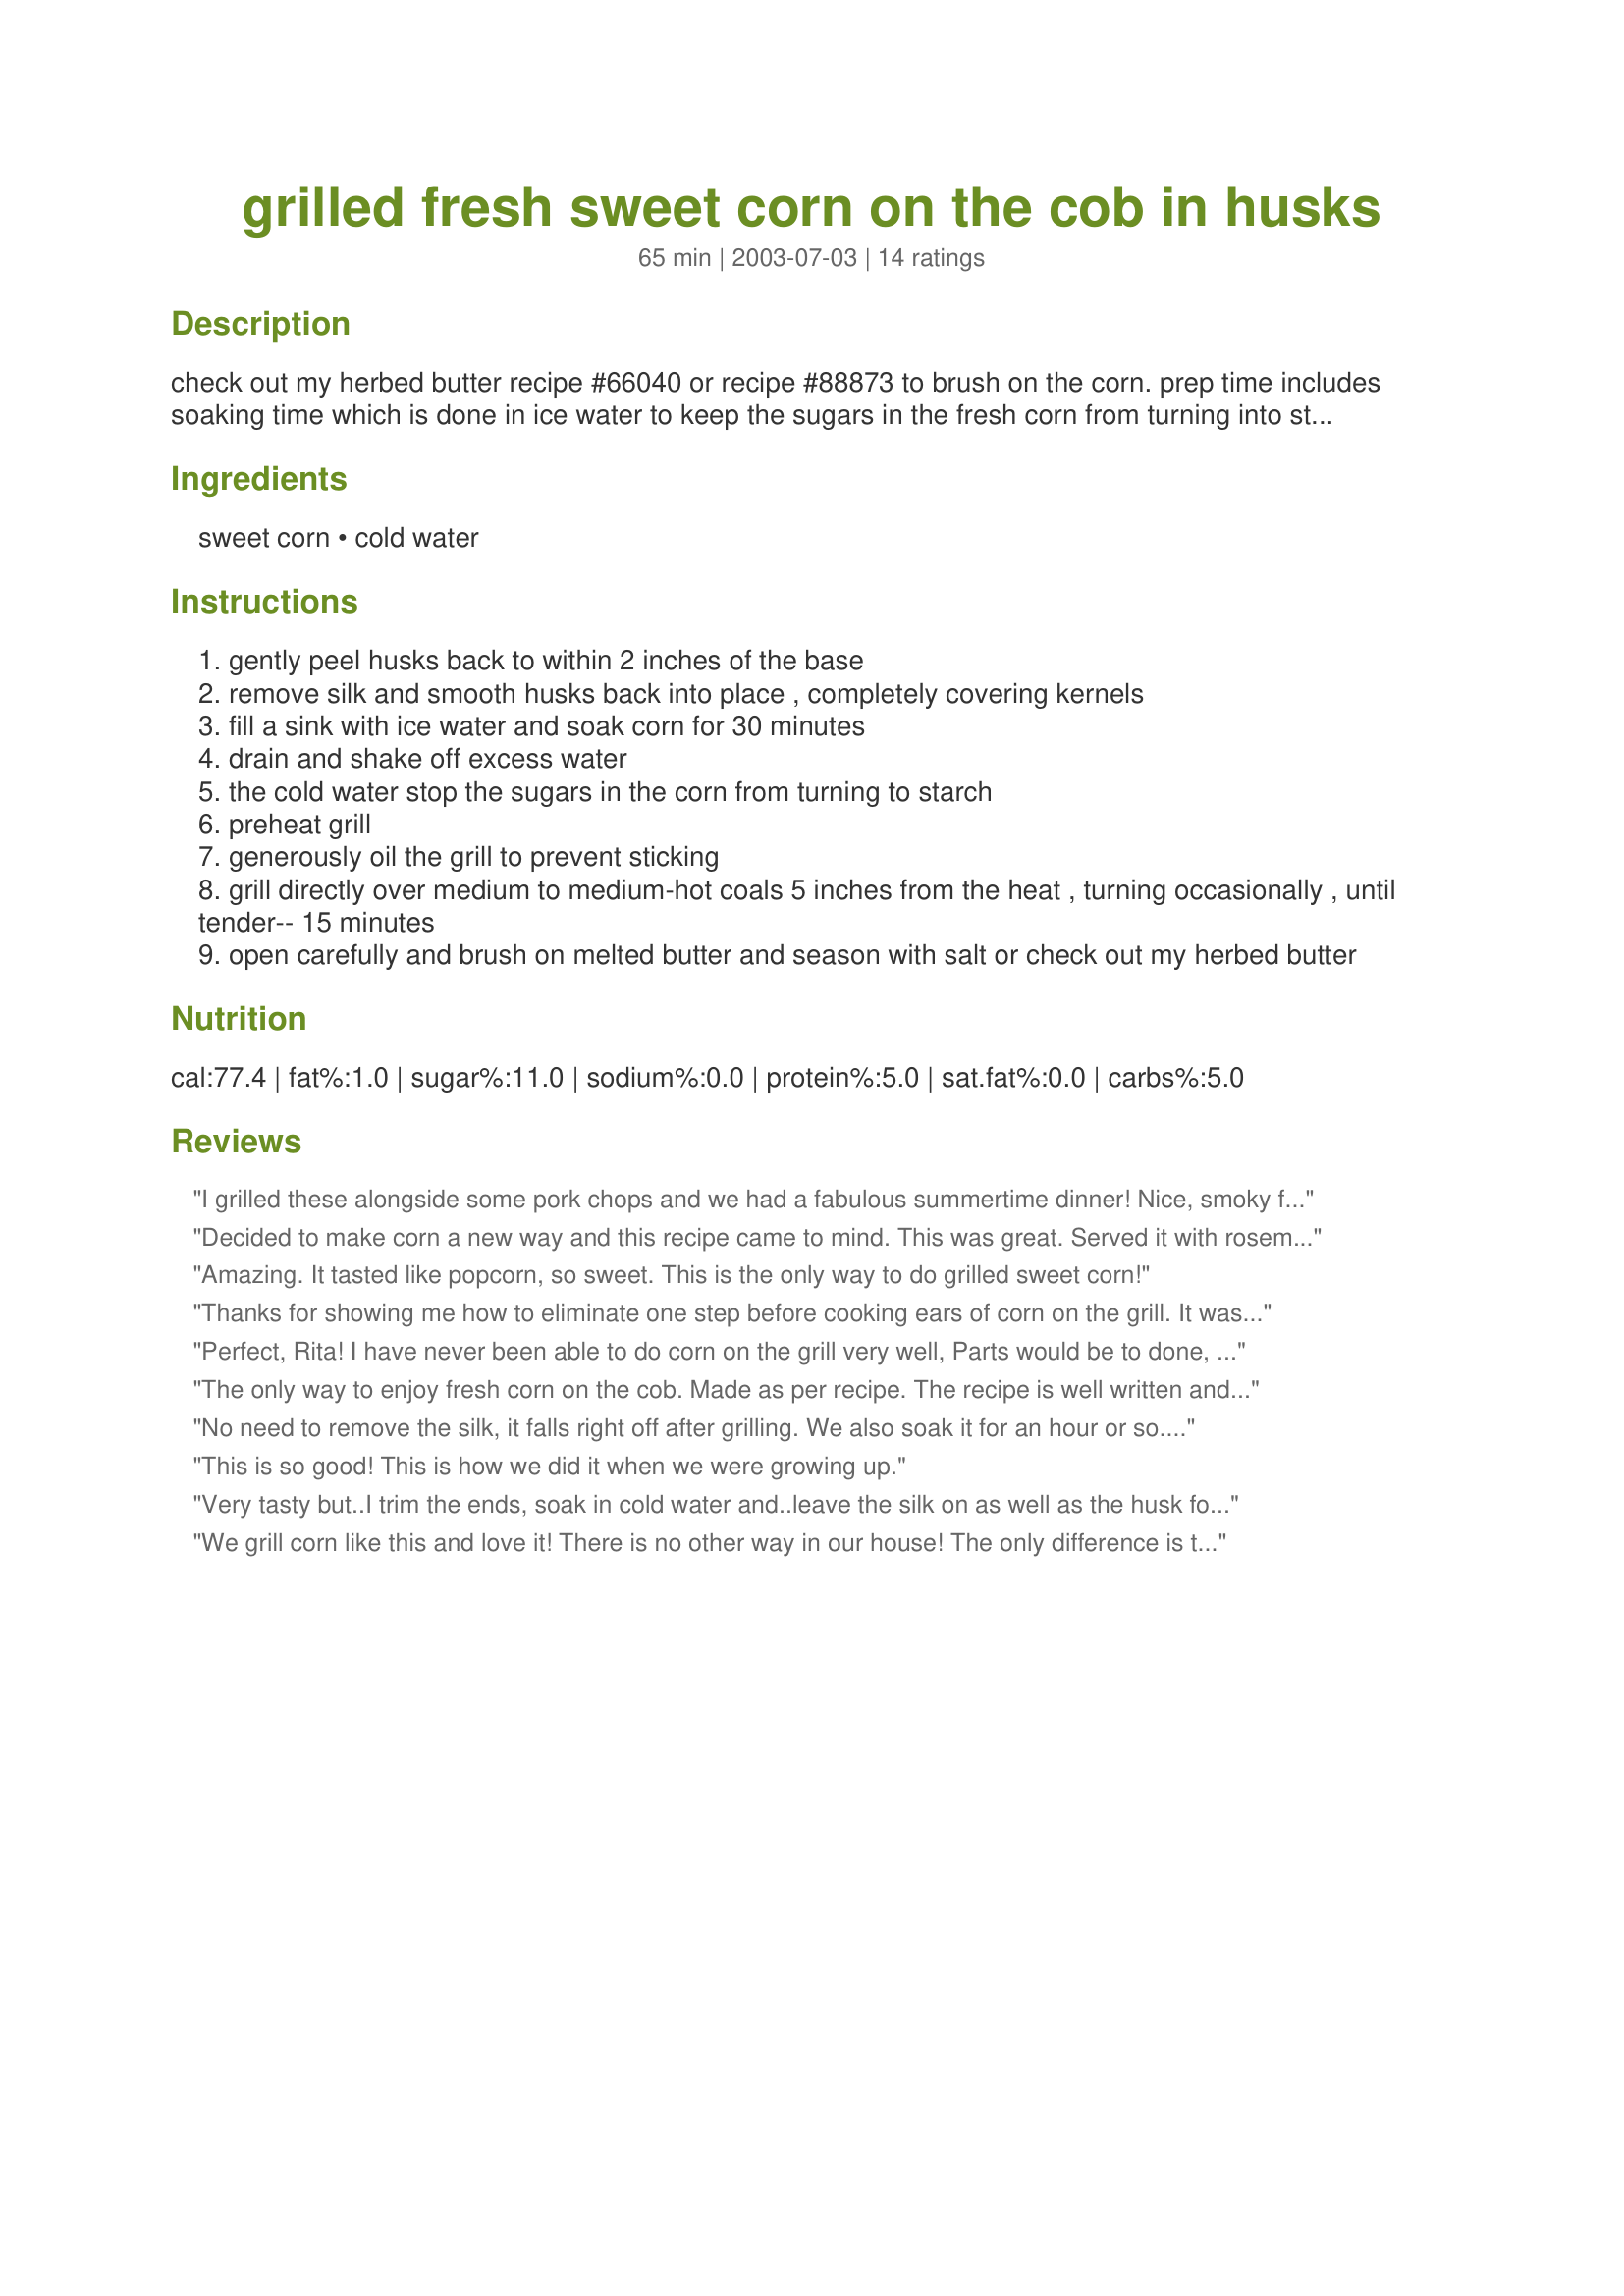
grilled fresh sweet corn on the cob in husks
Preparation time: 65 minutes

check out my herbed butter recipe #66040 or
recipe #88873 to brush on the corn. prep time includes soaking time which is done in ice water to keep the sugars in the fresh corn from turning into starch.

Ingredients:
sweet corn, cold water

Steps:
gently peel husks back to within 2 inches of the base
remove silk and smooth husks back into place , completely covering kernels
fill a sink with ice water and soak corn for 30 minutes
drain and shake off excess water
the cold water stop the sugars in the corn from turning to starch
preheat grill
generously oil the grill to prevent sticking
grill directly over medium to medium-hot coals 5 inches from the heat , turning occasionally , until tender-- 15 minutes
open carefully and brush on melted butter and season with salt or check out my herbed butter

Reviews:
I grilled these alongside some pork chops and we had a fabulous summertime dinner! Nice, smoky flavor! After peeling back the husks and removing the 'silk' and replacing the husks, I tied the ends with a stripped off piece of husk to keep them closed while grilling. That worked perfectly, I grilled till the outside husks were almost black and the corn was perfect. Thanks Rita.
Decided to make corn a new way and this recipe came to mind. This was great. Served it with rosemary butter. will be making again. Thanks Rita!
Amazing. It tasted like popcorn, so sweet. This is the only way to do grilled sweet corn!
Thanks for showing me how to eliminate one step before cooking ears of corn on the grill. It was a bit tricky for me to not accidently schuck the corn while trying to get rid of all the silk, but it all eventually came off. Very tasty corn! Thanks!
Perfect, Rita! I have never been able to do corn on the grill very well, Parts would be to done, the other not so much. This worked just so well, I credit your good directions in steering me in the right direction. This corn is the best!! Didn't get a chance to try the compound butter yet, but still I am in the right direction. Thanks so much, Reets! Made for Diabetic Forum "Smokin' Hot"
The only way to enjoy fresh corn on the cob. Made as per recipe. The recipe is well written and easy to follow. I know I will use this recipe again and again. Made for Smokin' Hot in the Diabetic Forum.
No need to remove the silk, it falls right off after grilling. We also soak it for an hour or so. Makes a difference.
This is so good! This is how we did it when we were growing up.
Very tasty but..I trim the ends, soak in cold water and..leave the silk on as well as the husk for Bbq. Once cooked, the silk and husk literally falls off..easily..soo yummy!!��������������������
We grill corn like this and love it! There is no other way in our house! The only difference is that we do not remove the silk and we sometimes soak it longer in regular tab water. This way, we put it in the water before company comes and it is ready when it is time to grill. The silk easily comes off after it is grilled. If there is any left over, I put it in the fridge and later microwave it until it is warm. It still tastes fresh!
I do my corn the same way. There is one little tweak that I have found and that is to brush the corn generously with butter after the corn has soaked. Then put the husks back up and tie. Put them on the grill and the butter really helps the flavor. Nothing like grilled corn on the cob on a summer night in Iowa!
I came here to see if this method was posted because this is how we always grill our corn and it is fabulous! Nothing could be easier or more delicious in the summer months!
This was a really great recipe but for some reason the corn took so long to take on the grill. Followed as directed but it took over 1/2 hour to grill the corn. Not sure how that happened. The corn tasted great but wasn't able to be served with the meal as planned.
I gave this recipe 4 stars. My family really liked corn done this way. I thought it was great best of all no need to peel until ready to eat! I found a recipe in Woman's World magazine it was a bit different but along the same lines. The directions say to soak the corn in the husks in covered water for 20 minutes. Then drain and shake off excess water and grill for 15 minutes flipping every 5 minutes. I grilled mine on my Coleman portable grill on low for 20-25 minutes. Then serve. Overall this is my favorite to serve corn now! Thanks for posting a awesome recipe! Christine (internetnut)
